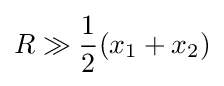
R\gg {\frac {1}{2}}(x_{1}+x_{2})